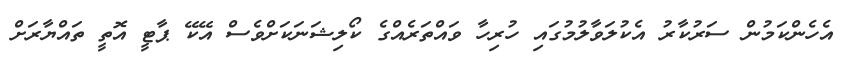
އެހެންކަމުން ސަރުކާރު އެކުލަވާލުމުގައި ހުރިހާ ވައްތަރެއްގެ ކޯލިޝަނަކަށްވެސް އޭކޭ ޕާޓީ އޮތީ ތައްޔާރަށް